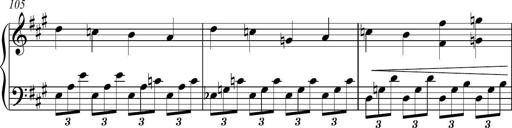
Title: Piano Sonatina in A major
Composer: Z Q Sysmoebius
Key: A major